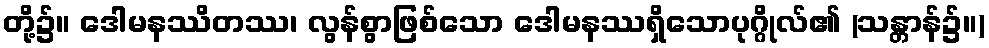
တို့၌။ ဒေါမနဿိတဿ၊ လွန်စွာဖြစ်သော ဒေါမနဿရှိသောပုဂ္ဂိုလ်၏ (သန္တာန်၌။)